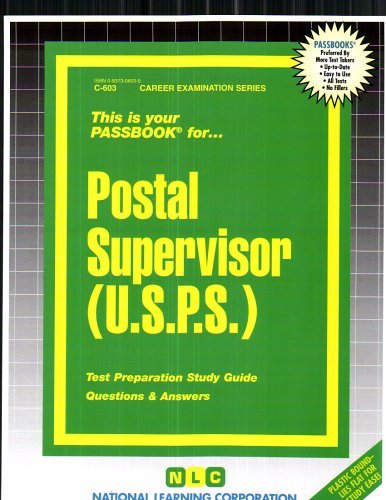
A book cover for Postal Supervisor Exam 642 (U.S.P.S.) (Passbooks); Jack Rudman; Test Preparation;